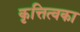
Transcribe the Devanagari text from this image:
कृत्तित्वका